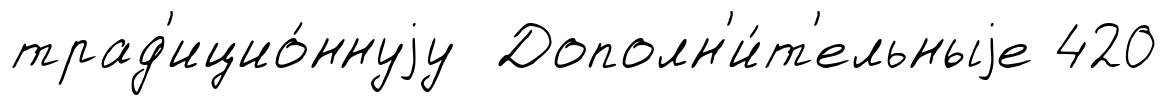
трад'ицио́ннуjу Дополн'и́т'ельныjе 420